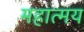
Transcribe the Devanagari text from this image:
महात्‍मय